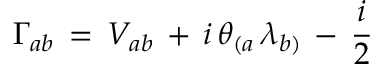
\Gamma _ { a b } \, = \, V _ { a b } \, + \, i \, \theta _ { ( a } \, \lambda _ { b ) } \, - \, \frac { i } { 2 }